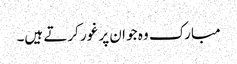
مبارک وہ جو ان پر غور کرتے ہیں۔